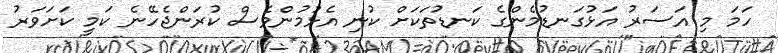
ހަމަ މި އަސަރު އަޅުގަނޑުމެންގެ ކަނޑުތަކަށް ކުނި އެޅުމުންވެސް ކުރަންޖެހޭނެ ކަމީ ކަށަވަރު